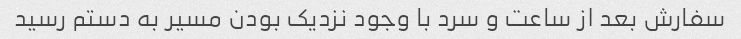
سفارش بعد از ساعت و سرد با وجود نزدیک بودن مسیر به دستم رسید